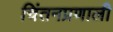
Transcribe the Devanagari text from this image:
चिंतनप्रणाली